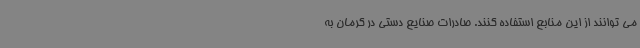
می توانند از این منابع استفاده کنند. صادرات صنایع دستی در کرمان به